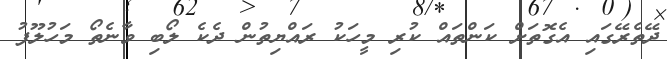
ދޭތެރޭގައި އެގޮތަށް ކަންތައް ކުރި މީހަކު ރައްޔިތުން ދެކެ ލޯބި ވާނެތޯ މަހުލޫފު